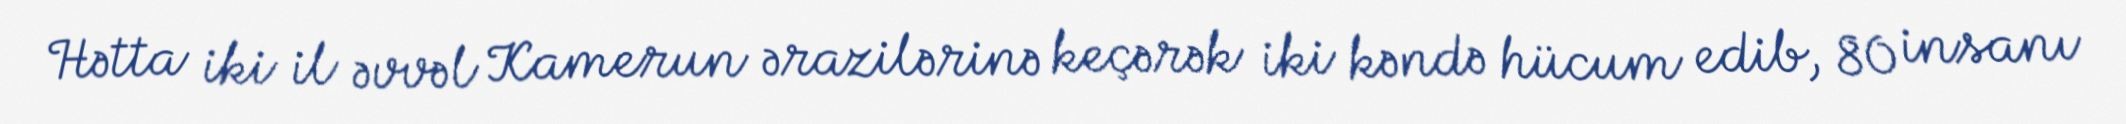
Hətta iki il əvvəl Kamerun ərazilərinə keçərək iki kəndə hücum edib, 80 insanı